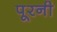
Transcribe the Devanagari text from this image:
पूरनी